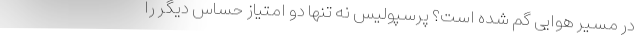
در مسیر هوایی گم شده است؟ پرسپولیس نه تنها دو امتیاز حساس دیگر را